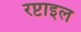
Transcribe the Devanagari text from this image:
रप्टाइल